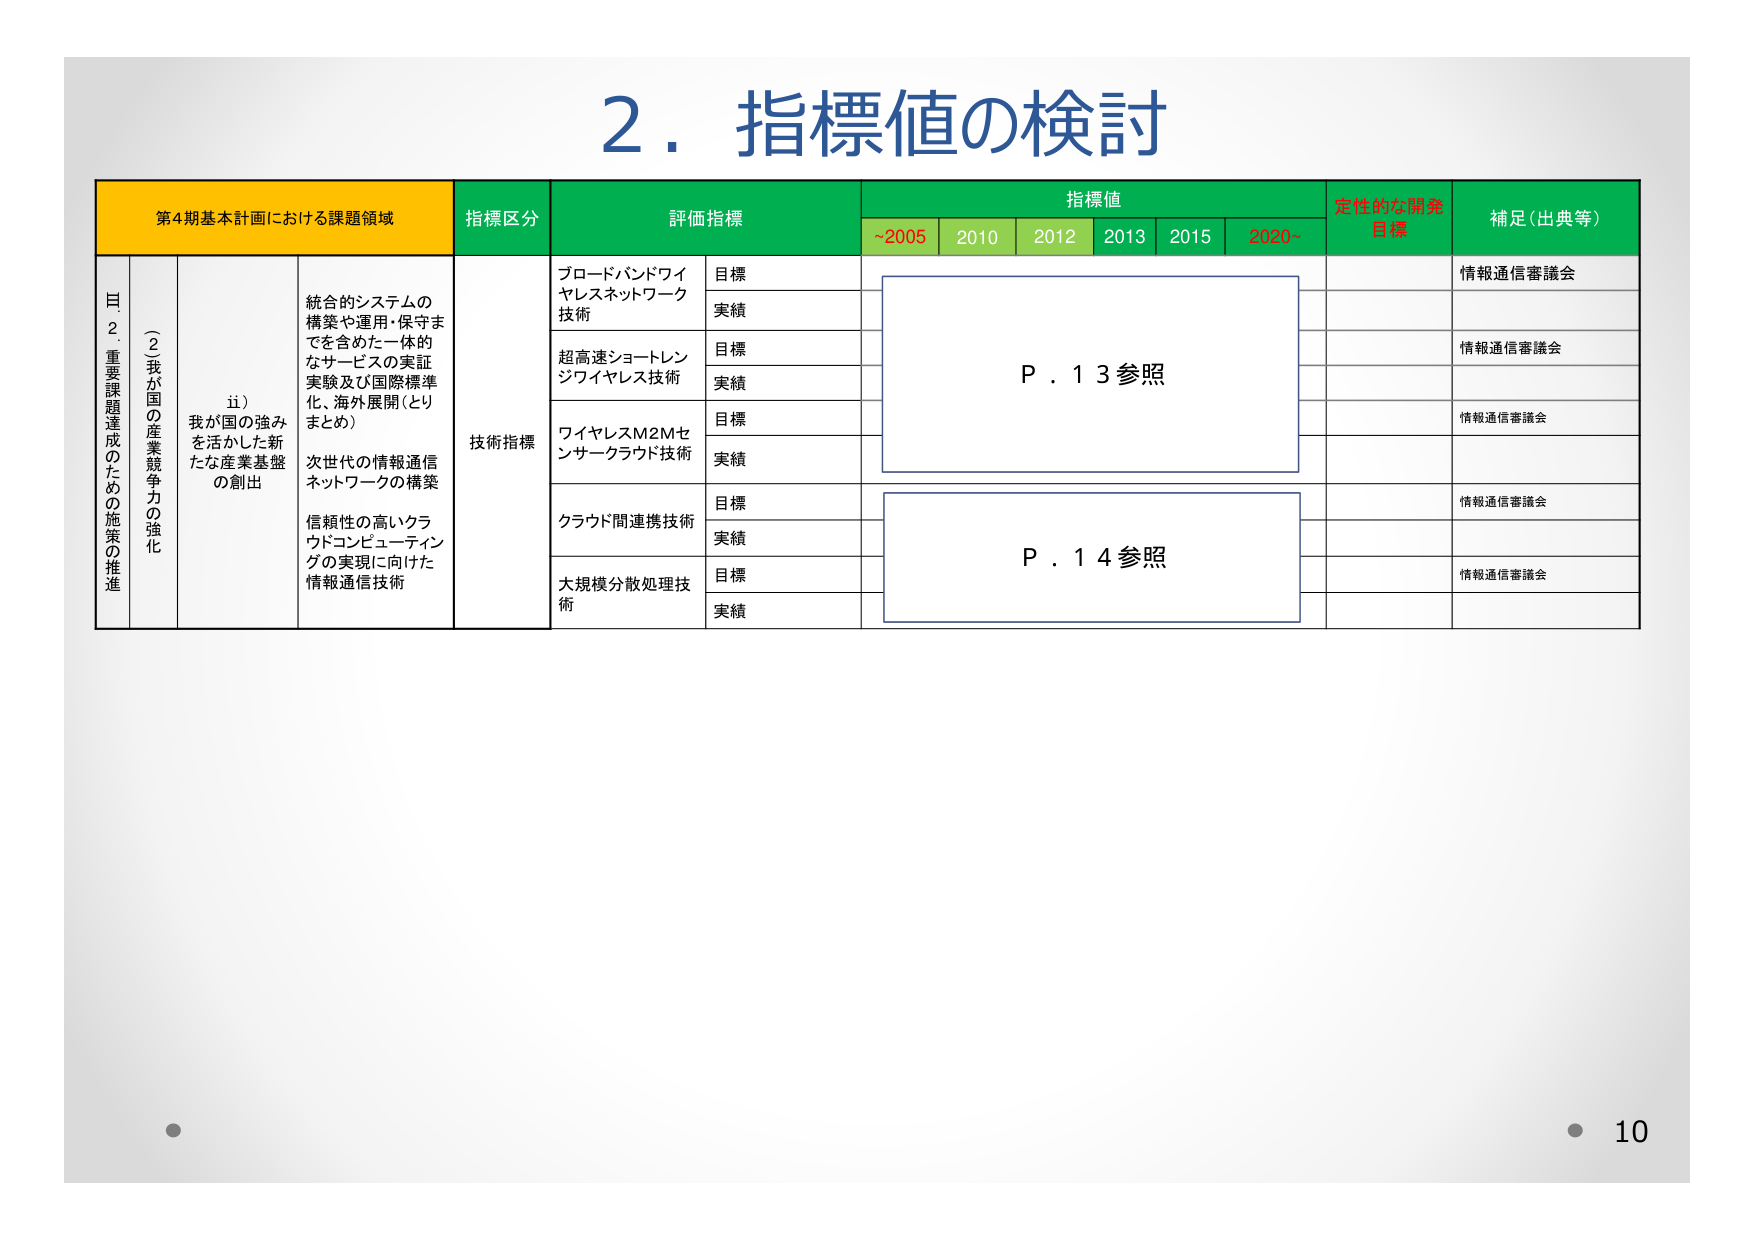
2．指標値の検討

第4期基本計画における課題領域　　指標区分　　評価指標　　指標値　　定性的な開発目標　　補足（出典等）

～2005　　2010　　2012　　2013　　2015　　2020～

目
2．重要課題達成のための施策の推進
（二）我が国の産業競争力の強化
　　ii）我が国の強みを活かした新たな産業基盤の創出
　　　　統合的システムの構築や運用・保守までを含めた一体的なサービスの実証実験及び国際標準化、海外展開（とりまとめ）
　　　　次世代の情報通信ネットワークの構築
　　　　信頼性の高いクラウドコンピューティングの実現に向けた情報通信技術

技術指標

　　ブロードバンドワイヤレスネットワーク技術
　　　　目標
　　　　実績

　　超高速ショートレンジワイヤレス技術
　　　　目標
　　　　実績

　　ワイヤレスM2Mセンサークラウド技術
　　　　目標
　　　　実績

　　クラウド間連携技術
　　　　目標
　　　　実績

　　大規模分散処理技術
　　　　目標
　　　　実績

P．13参照
P．14参照

情報通信審議会
情報通信審議会
情報通信審議会
情報通信審議会
情報通信審議会

10